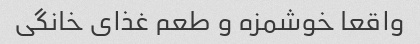
واقعا خوشمزه و طعم غذای خانگی